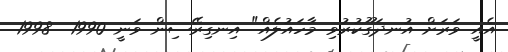
އެއީ ވަރަށް އުނދަގޫކުރުވި މާހައުލެއް" އިނގިރޭސިން ވަނީ 1990  1998